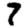
Digit: 7